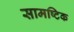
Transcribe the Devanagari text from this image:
सामष्टिक